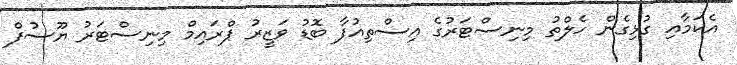
އެކަމާއި ގުޅިގެން ހެލްތު މިނިސްޓަރުގެ އިސްތިއުފާ ބޮޑު ވަޒީރު ޕްރައިމް މިނިސްޓަރު ޔޫސުފް